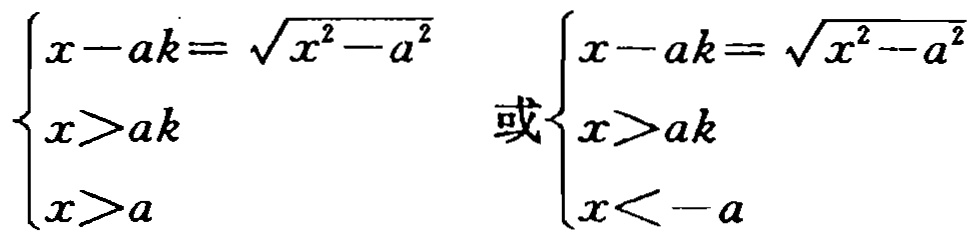
$\begin{cases}
x - ak = \sqrt{x^{2}-a^{2}} \\
x>ak \\
x>a
\end{cases}$ 或 $\begin{cases}
x - ak = \sqrt{x^{2}-a^{2}} \\
x>ak \\
x < -a
\end{cases}$